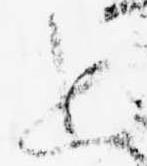
上